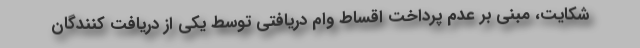
شکایت، مبنی بر عدم پرداخت اقساط وام دریافتی توسط یکی از دریافت کنندگان